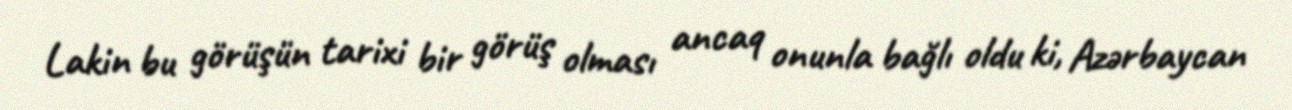
Lakin bu görüşün tarixi bir görüş olması ancaq onunla bağlı oldu ki, Azərbaycan